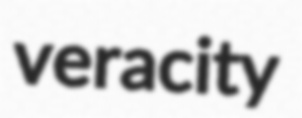
veracity